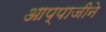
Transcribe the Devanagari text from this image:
आप्पाजीने